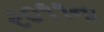
ર૦૧૧ના